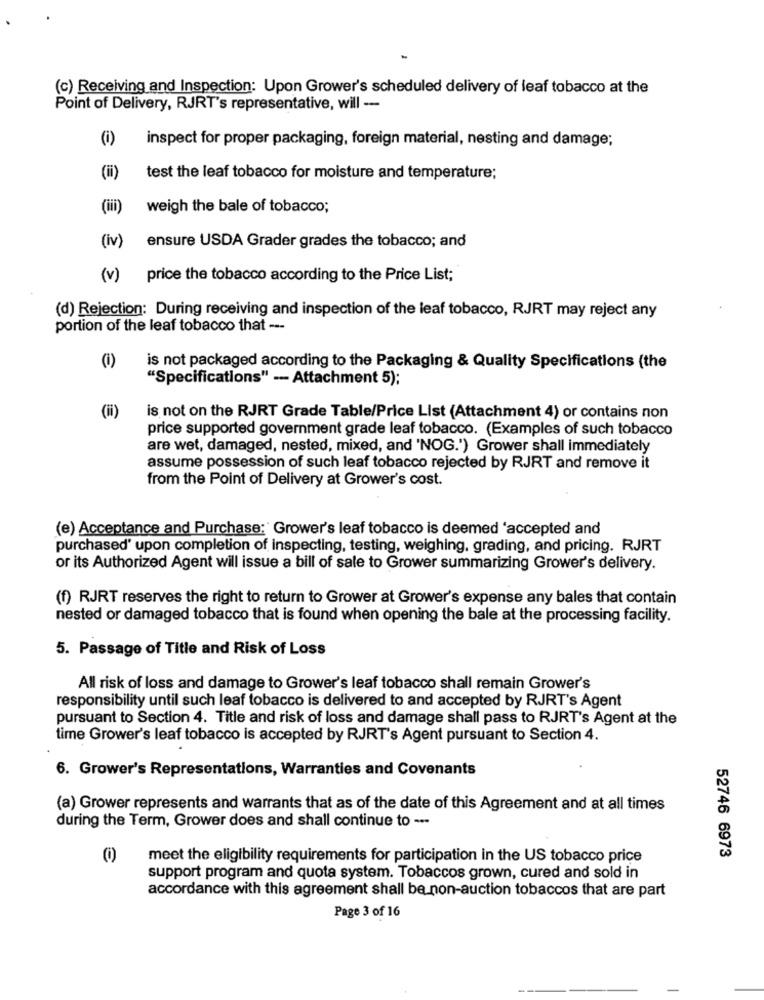
(c) Receiving and Inspection: Upon Grower's scheduled delivery of leaf tobacco at the
Point of Delivery, RJRT's representative, will --
(i)
inspect for proper packaging, foreign material, nesting and damage;
(ii)
test the leaf tobacco for moisture and temperature;
(iii)
weigh the bale of tobacco;
ensure USDA Grader grades the tobacco; and
(iv)
(v)
price the tobacco according to the Price List;
(d) Rejection: During receiving and inspection of the leaf tobacco, RJRT may reject any
portion of the leaf tobacco that ---
(1)
is not packaged according to the Packaging & Quality Specifications (the
"Specifications" -- Attachment 5);
(ii)
is not on the RJRT Grade Table/Price List (Attachment 4) or contains non
price supported government grade leaf tobacco. (Examples of such tobacco
are wet, damaged, nested, mixed, and 'NOG.') Grower shall immediately
assume possession of such leaf tobacco rejected by RJRT and remove it
from the Point of Delivery at Grower's cost.
(e) Acceptance and Purchase: Grower's leaf tobacco is deemed 'accepted and
purchased' upon completion of inspecting, testing, weighing, grading, and pricing. RJRT
or its Authorized Agent will issue a bill of sale to Grower summarizing Grower's delivery.
(f) RJRT reserves the right to return to Grower at Grower's expense any bales that contain
nested or damaged tobacco that is found when opening the bale at the processing facility.
5. Passage of Title and Risk of Loss
All risk of loss and damage to Grower's leaf tobacco shall remain Grower's
responsibility until such leaf tobacco is delivered to and accepted by RJRT's Agent
pursuant to Section 4. Title and risk of loss and damage shall pass to RJRT's Agent at the
time Grower's leaf tobacco is accepted by RJRT's Agent pursuant to Section 4.
6. Grower's Representations, Warranties and Covenants
(a) Grower represents and warrants that as of the date of this Agreement and at all times
during the Term, Grower does and shall continue to ---
52746 6973
meet the eligibility requirements for participation in the US tobacco price
support program and quota system. Tobaccos grown, cured and sold in
accordance with this agreement shall be non-auction tobaccos that are part
Page 3 of 16